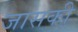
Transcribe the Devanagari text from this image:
जासकी